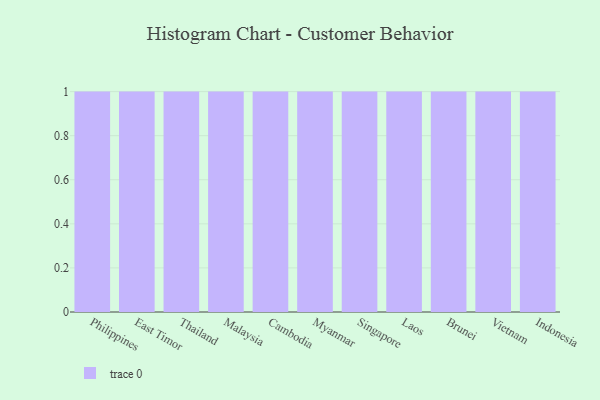
{"axis": {"x": "Country", "y": "Conversion Rate (%)"}, "legend": [""], "data": [{"x": "Philippines", "y": 75, "type": ""}, {"x": "East Timor", "y": 66, "type": ""}, {"x": "Thailand", "y": 96, "type": ""}, {"x": "Malaysia", "y": 11, "type": ""}, {"x": "Cambodia", "y": 8, "type": ""}, {"x": "Myanmar", "y": 82, "type": ""}, {"x": "Singapore", "y": 90, "type": ""}, {"x": "Laos", "y": 94, "type": ""}, {"x": "Brunei", "y": 66, "type": ""}, {"x": "Vietnam", "y": 100, "type": ""}, {"x": "Indonesia", "y": 88, "type": ""}]}